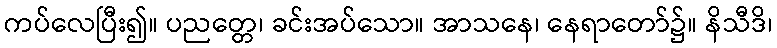
ကပ်လေပြီး၍။ ပညတ္တေ၊ ခင်းအပ်သော။ အာသနေ၊ နေရာတော်၌။ နိသီဒိ၊